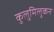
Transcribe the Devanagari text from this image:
कुलुमिलुकन